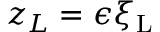
z _ { L } = \epsilon \xi _ { \mathrm { { L } } }